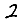
Digit: 2